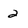
Character: 2